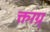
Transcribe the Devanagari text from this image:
क्तग़्ग्र्